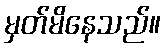
မှတ်မိနေသည်။